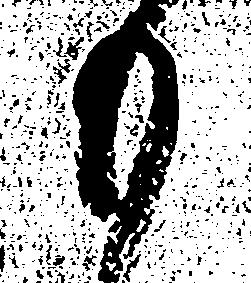
も